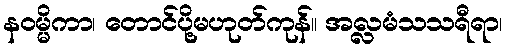
နဝမ္မိကာ၊ တောင်ပို့မဟုတ်ကုန်။ အလ္လမံသသရီရာ၊